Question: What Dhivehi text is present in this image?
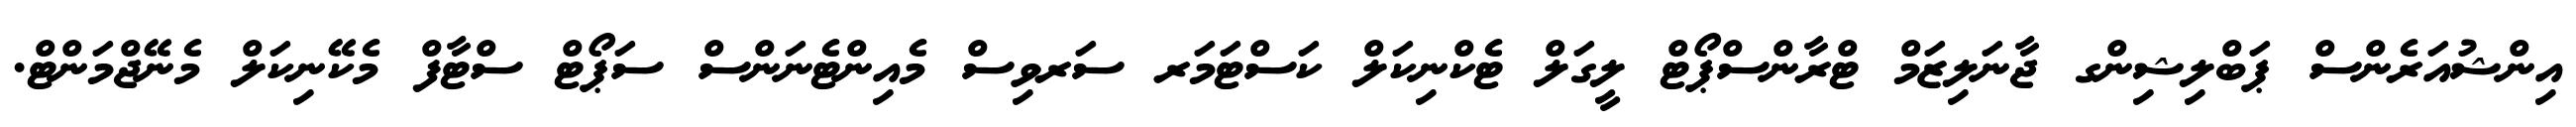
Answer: އިންޝުއަރެންސް ޕަބްލިޝިންގ ޖާނަލިޒަމް ޓްރާންސްޕޯޓް ލީގަލް ޓެކްނިކަލް ކަސްޓަމަރ ސަރވިސް މެއިންޓެނަންސް ސަޕޯޓް ސްޓާފް މެކޭނިކަލް މެނޭޖްމަންޓް.